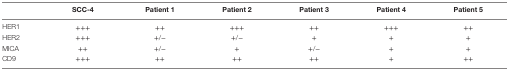
<table><thead><tr><td></td><td><b>SCC-4</b></td><td><b>Patient 1</b></td><td><b>Patient 2</b></td><td><b>Patient 3</b></td><td><b>Patient 4</b></td><td><b>Patient 5</b></td></tr></thead><tbody><tr><td>HER1</td><td>+++</td><td>++</td><td>+++</td><td>++</td><td>+++</td><td>++</td></tr><tr><td>HER2</td><td>+++</td><td>+/−</td><td>+/−</td><td>+</td><td>+</td><td>+</td></tr><tr><td>MICA</td><td>++</td><td>+/−</td><td>+</td><td>+/−</td><td>+</td><td>+</td></tr><tr><td>CD9</td><td>+++</td><td>++</td><td>++</td><td>++</td><td>+</td><td>++</td></tr></tbody></table>